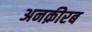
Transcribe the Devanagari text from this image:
अनक़ीरब